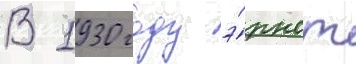
В 1930 году э́рнст